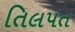
તિલપત